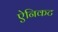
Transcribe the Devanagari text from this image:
ऐनिकट